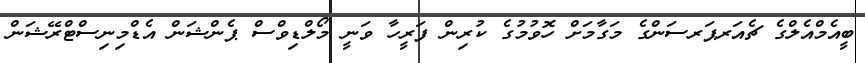
ބީއެމްއެލްގެ ޗެއަރޕަރސަންގެ މަގާމަށް ހޮވުމުގެ ކުރިން ފަރީހާ ވަނީ މޯލްޑިވްސް ޕެންޝަން އެޑްމިނިސްޓްރޭޝަން